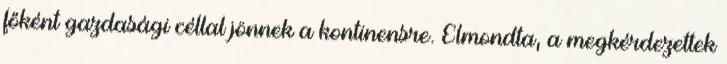
főként gazdasági céllal jönnek a kontinensre. Elmondta, a megkérdezettek